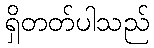
ရှိတတ်ပါသည်